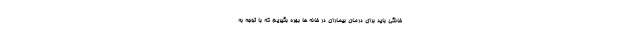
خانگی باید برای درمان بیماران در خانه ها بهره بگیریم که با توجه به